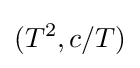
(T^{2},c/T)